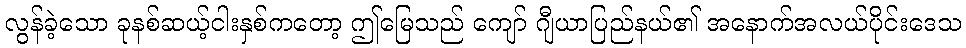
လွန်ခဲ့သော ခုနစ်ဆယ့်ငါးနှစ်ကတော့ ဤမြေသည် ကျော် ဂျီယာပြည်နယ်၏ အနောက်အလယ်ပိုင်းဒေသ